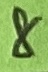
Text: 8